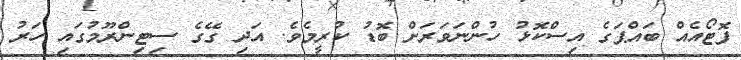
ފޮޓޯއެއް ބައްޕަގެ އިސްކޮޅު ހުންނަވަރަށް ބޮޑު ކުރީމެވެ. އަދި ގޭގެ ސިޓިންރޫމުގައި ހަރު